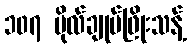
၁၀၇ ဗိုလ်ချုပ်ဖြိုးသန့်